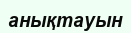
анықтауын